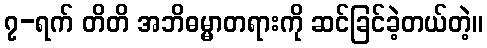
၇-ရက် တိတိ အဘိဓမ္မာတရားကို ဆင်ခြင်ခဲ့တယ်တဲ့။